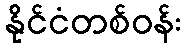
နိုင်ငံတစ်ဝန်း